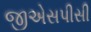
જીએસપીસી